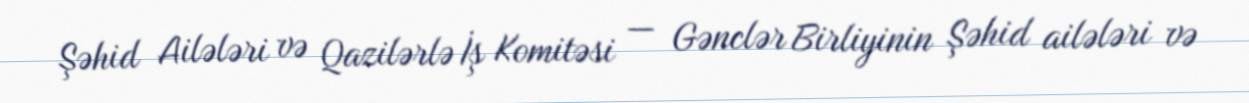
Şəhid Ailələri və Qazilərlə İş Komitəsi — Gənclər Birliyinin Şəhid ailələri və